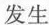
发生